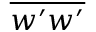
\overline { { w ^ { \prime } w ^ { \prime } } }